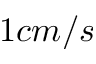
1 c m / s